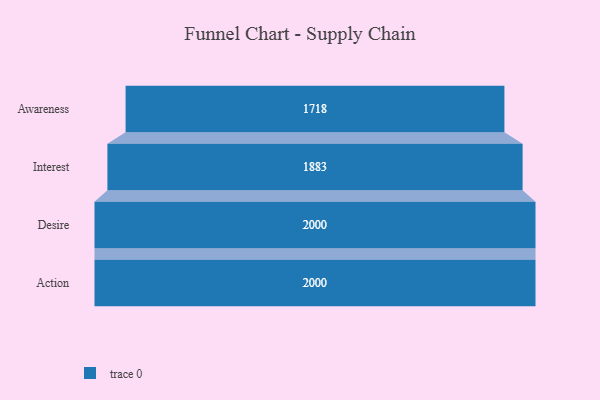
{"axis": {"x": "Stage", "y": "Value"}, "legend": [""], "data": [{"x": "Awareness", "y": 1718.0, "type": ""}, {"x": "Interest", "y": 1883.0, "type": ""}, {"x": "Desire", "y": 2000, "type": ""}, {"x": "Action", "y": 2000, "type": ""}]}